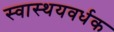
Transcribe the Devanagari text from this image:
स्वास्थयवर्धक